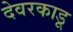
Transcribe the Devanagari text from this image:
देवरकाडू